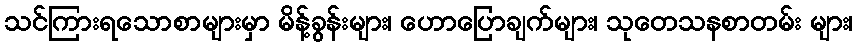
သင်ကြားရသောစာများမှာ မိန့်ခွန်းများ၊ ဟောပြောချက်များ၊ သုတေသနစာတမ်း များ၊